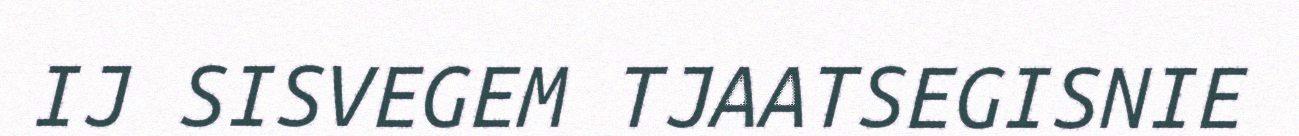
IJ SISVEGEM TJAATSEGISNIE